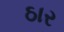
ઠાર